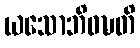
ယသောဘိဝဍ္ဎတိ